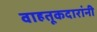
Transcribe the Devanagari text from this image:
वाहतूकदारांनी